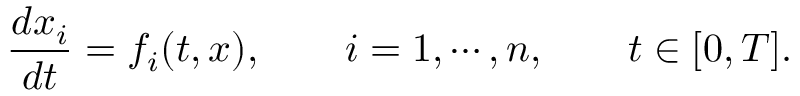
\frac { d x _ { i } } { d t } = f _ { i } ( t , x ) , \qquad i = 1 , \cdots , n , \qquad t \in [ 0 , T ] .